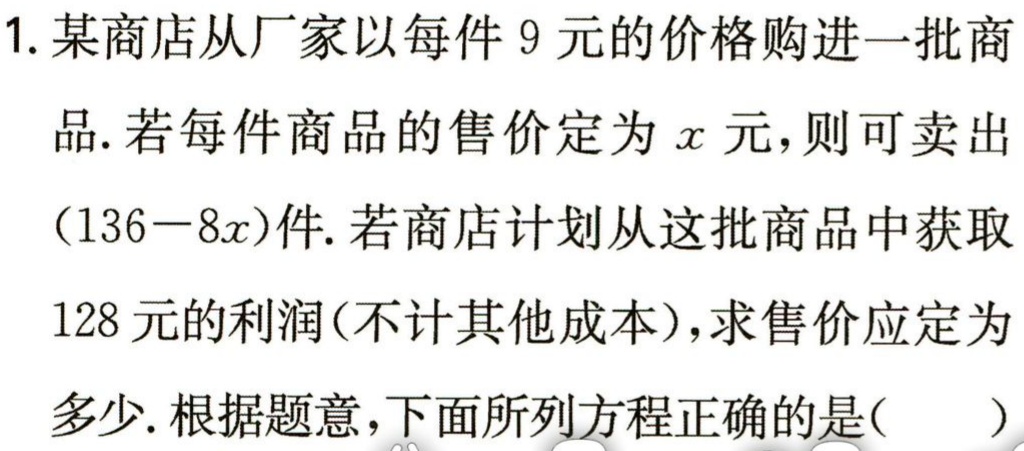
1. 某商店从厂家以每件 9 元的价格购进一批商

品. 若每件商品的售价定为$x$元，则可卖出

$(136 - 8x)$件. 若商店计划从这批商品中获取

128 元的利润(不计其他成本)，求售价应定为

多少. 根据题意，下面所列方程正确的是(  )